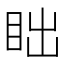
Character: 𬑎